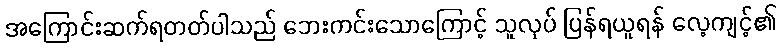
အကြောင်းဆက်ရတတ်ပါသည် ဘေးကင်းသောကြောင့် သူလုပ် ပြန်ရယူရန် လေ့ကျင့်၏